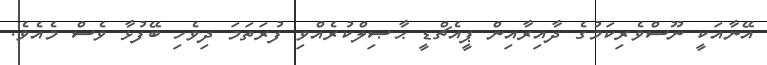
އޭނާއަކީ ނޫސްވެރިކަމުގެ ދާއިރާއިން ޕީއެޗްޑީ ޙާޞިލްކުރެއްވި ފުރަތަމަ ދިވެހި ބޭފުޅާ ވެސް މެއެވެ.